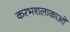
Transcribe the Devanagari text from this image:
करभशलाकाओं